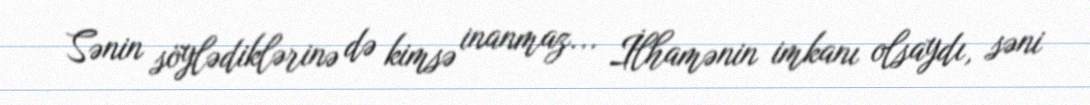
Sənin söylədiklərinə də kimsə inanmaz... İlhamənin imkanı olsaydı, səni